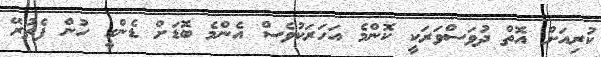
ކުރިއަށް އޮތް ދުވަސްވަރަކީ ކޮންމެ އަހަރަކުވެސް އެންމެ ބޮޑަށް ޑެންގީ ހުން ފެތުރޭޭ